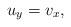
LaTeX: \begin{align*}u_y=v_x,\end{align*}